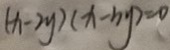
( x - 2 y ) ( x - b y ) = 0